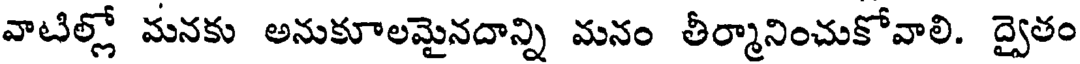
వాటిల్లో మనకు అనుకూలమైనదాన్ని మనం తీర్మానించుకోవాలి. ద్వైతం